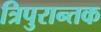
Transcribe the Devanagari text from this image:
त्रिपुरान्तक